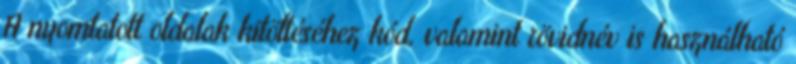
A nyomtatott oldalak kitöltéséhez kód, valamint rövidnév is használható